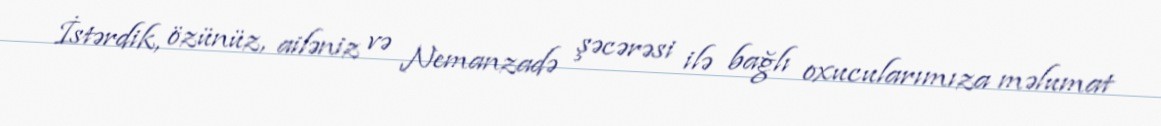
İstərdik, özünüz, ailəniz və Nemanzadə şəcərəsi ilə bağlı oxucularımıza məlumat